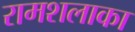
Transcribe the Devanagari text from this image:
रामशलाका